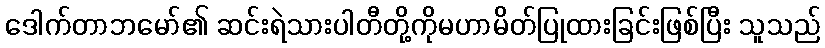
ဒေါက်တာဘမော်၏ ဆင်းရဲသားပါတီတို့ကိုမဟာမိတ်ပြုထားခြင်းဖြစ်ပြီး သူသည်